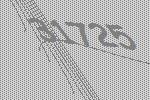
31725